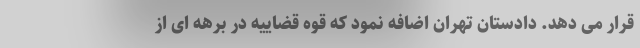
قرار می دهد. دادستان تهران اضافه نمود که قوه قضاییه در برهه ای از